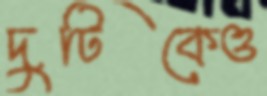
দুটিকেও